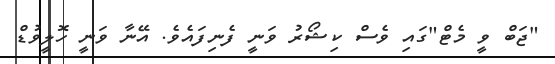
"ޖަބް ވީ މެޓް"ގައި ވެސް ކިޝޯރު ވަނީ ފެނިފައެވެ. އޭނާ ވަނީ ހޮލީވުޑް